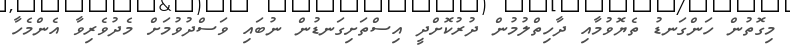
މިގޮތުން ހަންގަނޑު ތެޔޮވުމާއި ދާހިތްލުމުން ދުރުކޮށްދީ އިސްތަށިގަނޑުން ނުބައި ވަސްދުވުމަށް މެދުވެރިވާ އެންމެހާ